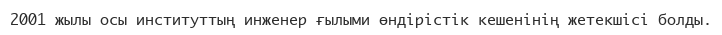
2001 жылы осы институттың инженер ғылыми өндірістік кешенінің жетекшісі болды.